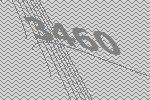
3460